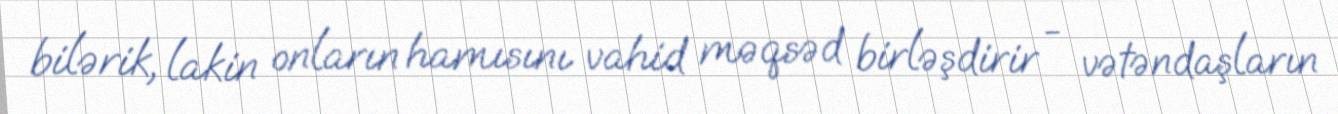
bilərik, lakin onların hamısını vahid məqsəd birləşdirir - vətəndaşların